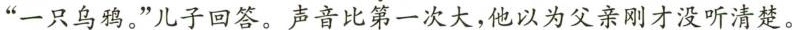
”一只乌鸦。”儿子回答。声音比第一次大，他以为父亲刚才没听清楚。